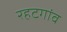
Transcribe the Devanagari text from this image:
रहटगांव